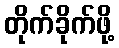
တိုက်ခိုက်ဖို့